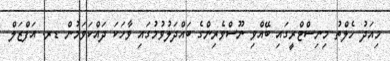
މިއަދު ހެލްތު މިނިސްޓްރީގައި ބޭއްވި ނޫސްވެރިންގެ ބައްދަލުވުމުގަައި ވާހަކަ ދައްކަވަމުން ޑރ. އަފްޒަލް